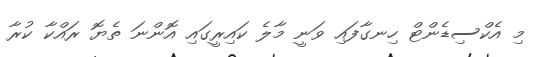
މި އެކްސިޑެންޓް ހިނގާފައި ވަނީ މާލެ ކައިރީގައި އޮންނަ ތެޔޮ ރައްކާ ކުރާ